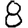
Digit: 8